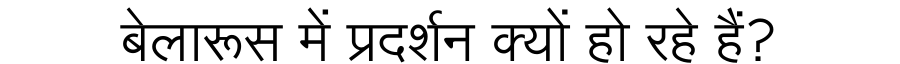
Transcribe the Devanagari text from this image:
बेलारूस में प्रदर्शन क्यों हो रहे हैं?